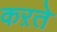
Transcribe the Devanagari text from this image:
कऱते